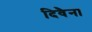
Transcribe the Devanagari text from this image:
दिवैना